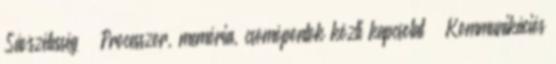
Sávszélesség – Processzor, memória, csomópontok közti kapcsolat – Kommunikációs